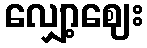
လျှော့ဈေး